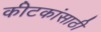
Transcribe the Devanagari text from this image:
कीटकांसाठी